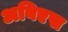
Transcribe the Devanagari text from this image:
अबिएस